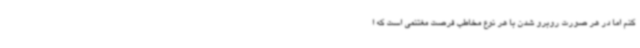
کنم اما در هر صورت روبرو شدن با هر نوع مخاطب فرصت مغتنمی است که ا